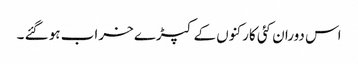
اس دوران کئی کارکنوں کے کپڑے خراب ہو گئے ۔